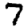
Digit: 7